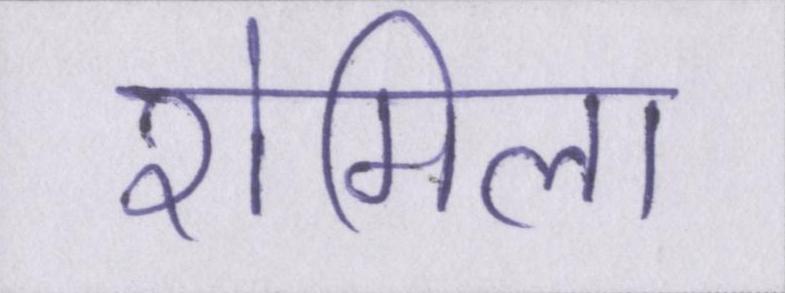
रोमिला